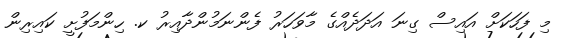
މި ފަހަކަށް އައިސް ގިނަ އަދަދެއްގެ މާވަހަރު ފެންނަމުންދާއިރު ކ. ހިންމަފުށީ ކައިރިން